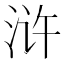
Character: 浒